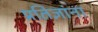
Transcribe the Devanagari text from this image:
प्रतिज्ञांना